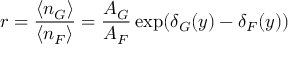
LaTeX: r = \frac { \langle n _ { G } \rangle } { \langle n _ { F } \rangle } = \frac { A _ { G } } { A _ { F } } \exp ( \delta _ { G } ( y ) - \delta _ { F } ( y ) )